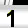
Digit: 1